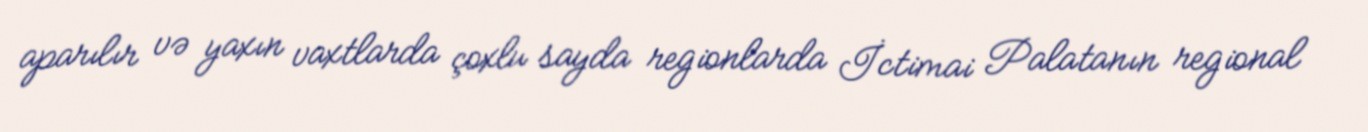
aparılır və yaxın vaxtlarda çoxlu sayda regionlarda İctimai Palatanın regional